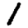
Digit: 1